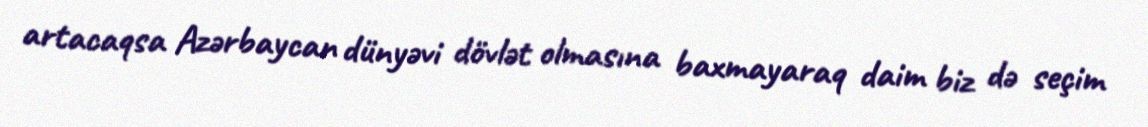
artacaqsa Azərbaycan dünyəvi dövlət olmasına baxmayaraq daim biz də seçim